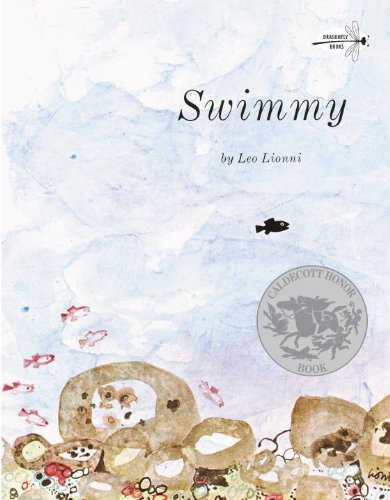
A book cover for Swimmy; Leo Lionni; Children's Books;